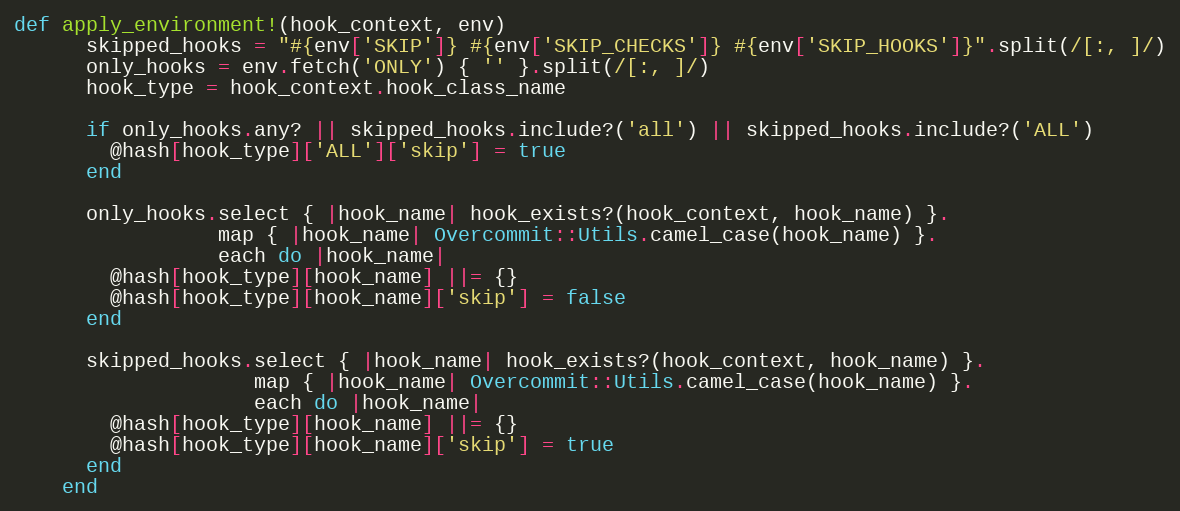
Language: Ruby
def apply_environment!(hook_context, env)
      skipped_hooks = "#{env['SKIP']} #{env['SKIP_CHECKS']} #{env['SKIP_HOOKS']}".split(/[:, ]/)
      only_hooks = env.fetch('ONLY') { '' }.split(/[:, ]/)
      hook_type = hook_context.hook_class_name

      if only_hooks.any? || skipped_hooks.include?('all') || skipped_hooks.include?('ALL')
        @hash[hook_type]['ALL']['skip'] = true
      end

      only_hooks.select { |hook_name| hook_exists?(hook_context, hook_name) }.
                 map { |hook_name| Overcommit::Utils.camel_case(hook_name) }.
                 each do |hook_name|
        @hash[hook_type][hook_name] ||= {}
        @hash[hook_type][hook_name]['skip'] = false
      end

      skipped_hooks.select { |hook_name| hook_exists?(hook_context, hook_name) }.
                    map { |hook_name| Overcommit::Utils.camel_case(hook_name) }.
                    each do |hook_name|
        @hash[hook_type][hook_name] ||= {}
        @hash[hook_type][hook_name]['skip'] = true
      end
    end